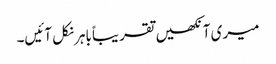
میری آنکھیں تقریباً باہر نکل آئیں۔